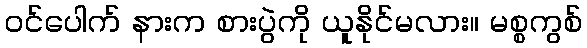
ဝင်ပေါက် နားက စားပွဲကို ယူနိုင်မလား။ မစ္စကွစ်